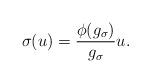
LaTeX: \begin{gather*}\sigma(u)=\frac{\phi (g_{\sigma})}{g_{\sigma}}u.\end{gather*}